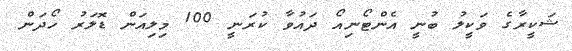
ޝަކީރާގެ ވަކީލު ބުނީ އެންޓޯނިއޯ ދައުވާ ކުރަނީ 100 މިލިއަން ޑޮލަރު ހޯދަން